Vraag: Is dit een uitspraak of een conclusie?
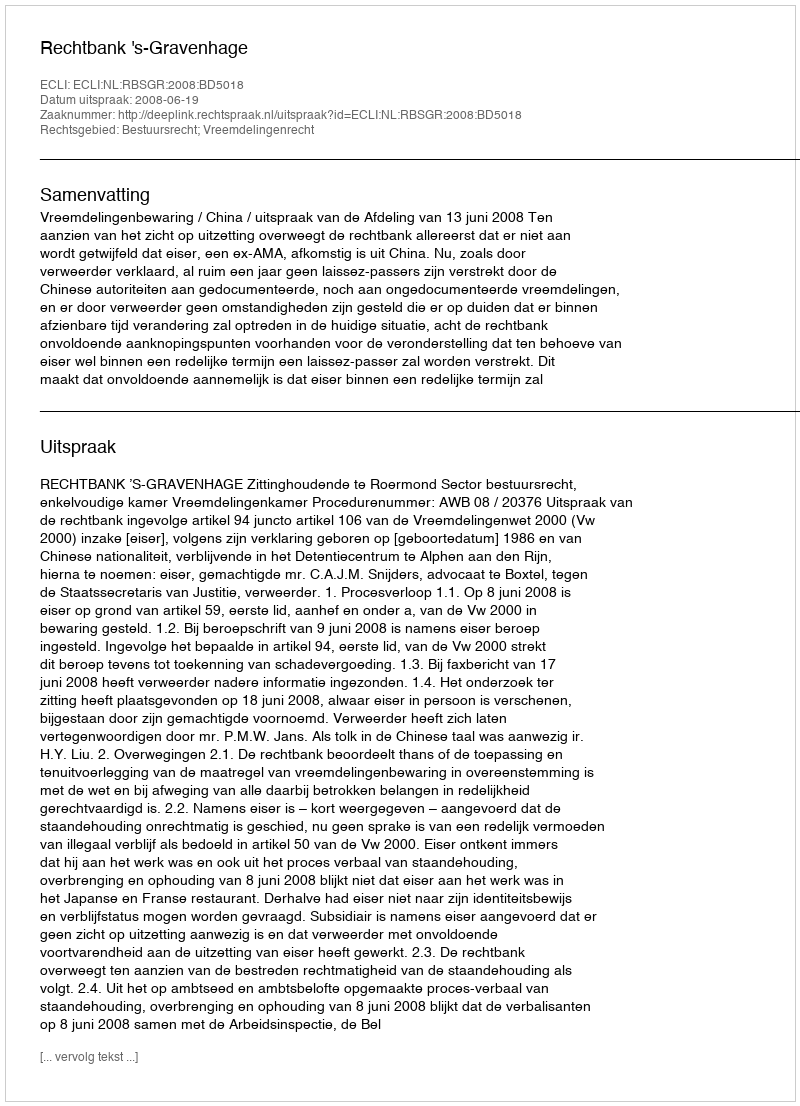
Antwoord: Uitspraak